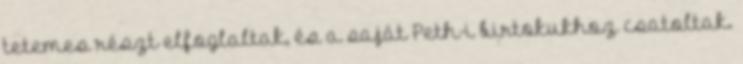
tetemes részt elfoglaltak, és a saját Peth-i bir­tokukhoz csatoltak.